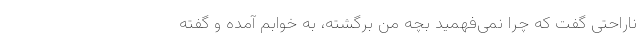
ناراحتی گفت که چرا نمی‌فهمید بچه من برگشته، به خوابم آمده و گفته